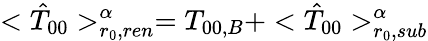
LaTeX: <{\hat{T}}_{00}>_{r_{0},ren}^{\alpha}=T_{00,B}+<{\hat{T}}_{00}>_{r_{0},sub}^{\alpha}